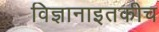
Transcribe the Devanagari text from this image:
विज्ञानाइतकीच